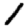
Digit: 1